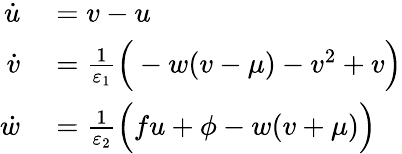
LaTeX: \begin{array}{rl}{\dot{u}}&{{}=v-u}\\ {\dot{v}}&{{}=\frac{1}{\varepsilon_{1}}\Big(-w(v-\mu)-v^{2}+v\Big)}\\ {\dot{w}}&{{}=\frac{1}{\varepsilon_{2}}\Big(fu+\phi-w(v+\mu)\Big)}\end{array}